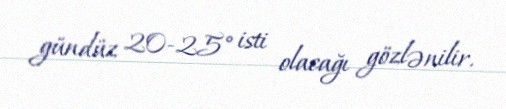
gündüz 20-25° isti olacağı gözlənilir.